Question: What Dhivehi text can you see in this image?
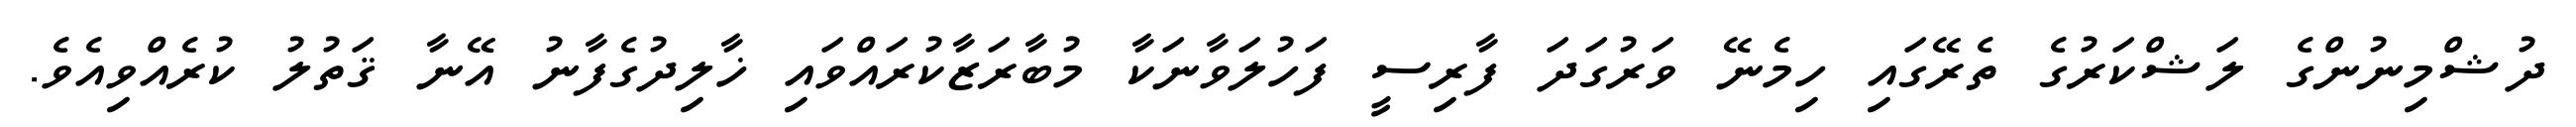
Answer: ދުޝްމިނުންގެ ލަޝްކަރުގެ ތެރޭގައި ހިމެނޭ ވަރުގަދަ ފާރިސީ ފަހުލަވާނަކާ މުބާރަޒާކުރައްވައި ޚާލިދުގެފާނު އޭނާ ޤަތުލު ކުރެއްވިއެވެ.